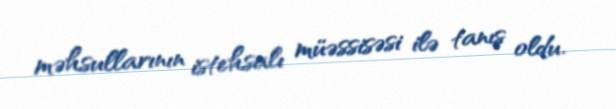
məhsullarının istehsalı müəssisəsi ilə tanış oldu.